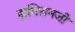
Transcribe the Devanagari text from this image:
हाथिरामजी